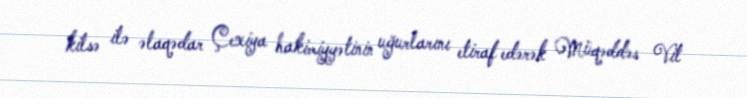
kilsə ilə əlaqədar Çexiya hakimiyyətinin uğurlarını etiraf edərək Müqəddəs Vit